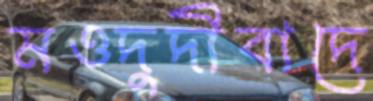
মওদুদীবাদে